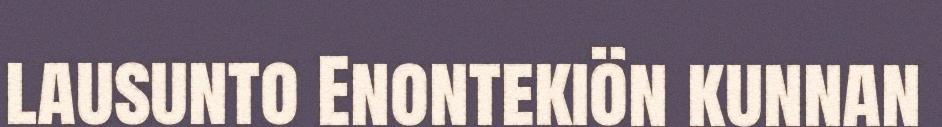
lausunto Enontekiön kunnan